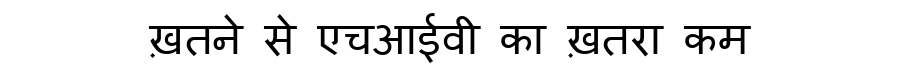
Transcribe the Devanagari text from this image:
ख़तने से एचआईवी का ख़तरा कम